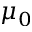
\mu _ { 0 }